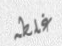
غلطه